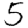
Digit: 5